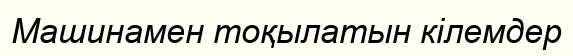
Машинамен тоқылатын кілемдер